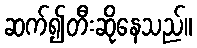
ဆက်၍တီးဆိုနေသည်။